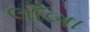
લાઁબા